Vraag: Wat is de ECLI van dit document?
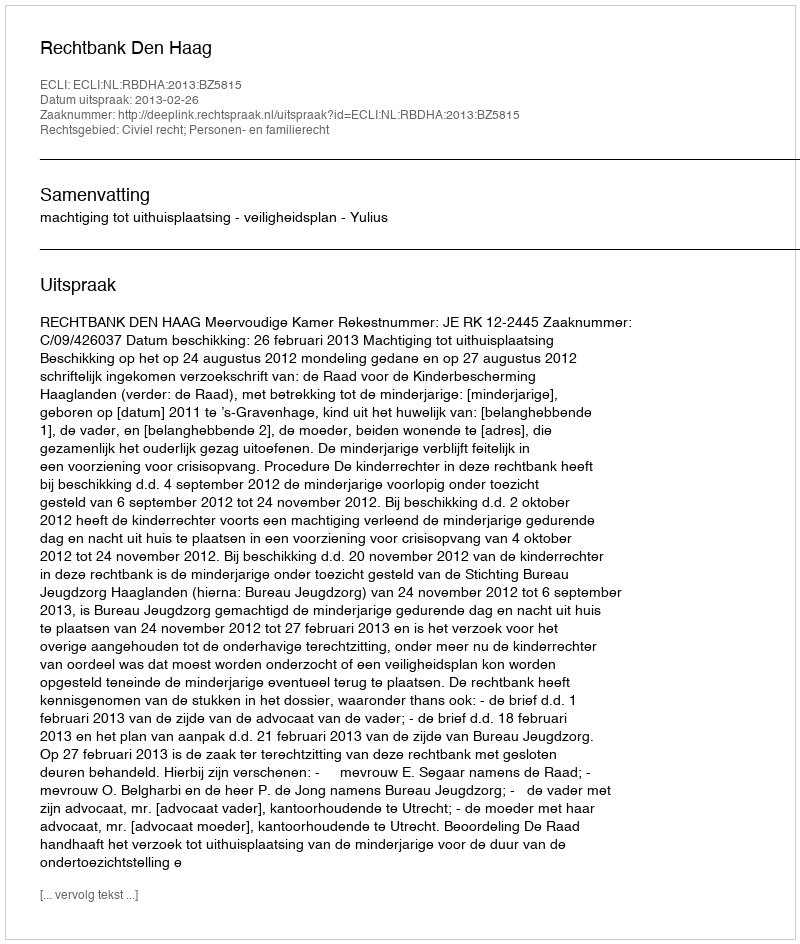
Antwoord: ECLI:NL:RBDHA:2013:BZ5815